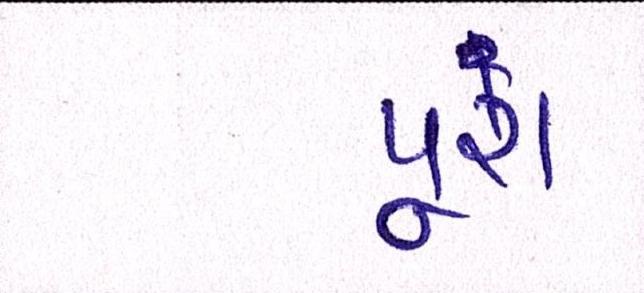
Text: પૂરાં